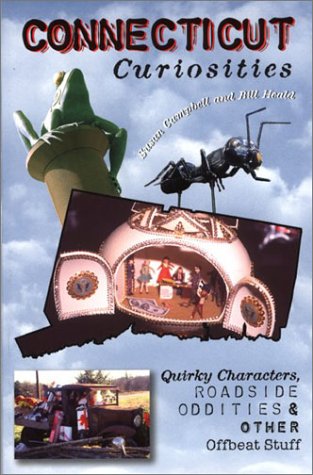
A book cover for Connecticut Curiosities: Quirky Characters, Roadside Oddities & Other Offbeat Stuff (Curiosities Series); Susan Campbell; Travel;